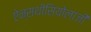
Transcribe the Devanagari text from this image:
ऐन्सथीसियोलाजी